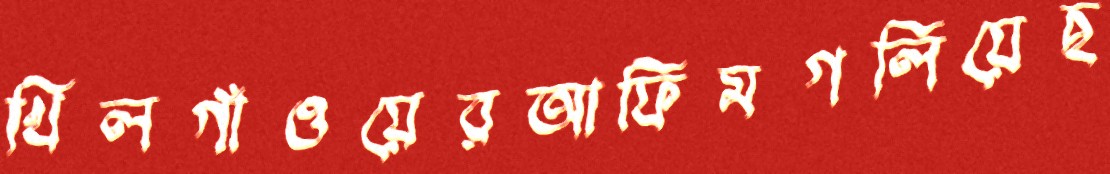
খিলগাঁওয়েরআফিমগলিয়েছ